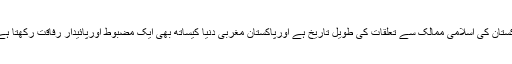
پاکستان کی اسلامی ممالک سے تعلقات کی طویل تاریخ ہے اورپاکستان مغربی دنیا کیساتھ بھی ایک مضبوط اورپائیدار رفاقت رکھتا ہے ۔